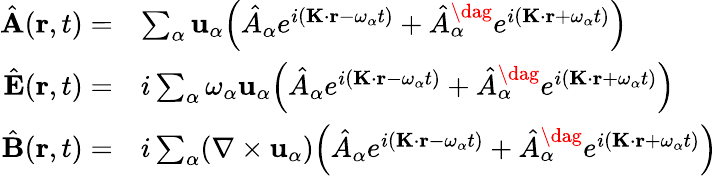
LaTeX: \begin{array}{rl}{\hat{\mathbf{A}}(\mathbf{r},t)=}&{\sum_{\alpha}\mathbf{u}_{\alpha}\Big(\hat{A}_{\alpha}e^{i(\mathbf{K}\cdot\mathbf{r}-\omega_{\alpha}t)}+\hat{A}_{\alpha}^{\dag}e^{i(\mathbf{K}\cdot\mathbf{r}+\omega_{\alpha}t)}\Big)}\\ {\hat{\mathbf{E}}(\mathbf{r},t)=}&{i\sum_{\alpha}\omega_{\alpha}\mathbf{u}_{\alpha}\Big(\hat{A}_{\alpha}e^{i(\mathbf{K}\cdot\mathbf{r}-\omega_{\alpha}t)}+\hat{A}_{\alpha}^{\dag}e^{i(\mathbf{K}\cdot\mathbf{r}+\omega_{\alpha}t)}\Big)}\\ {\hat{\mathbf{B}}(\mathbf{r},t)=}&{i\sum_{\alpha}(\nabla\times\mathbf{u}_{\alpha})\Big(\hat{A}_{\alpha}e^{i(\mathbf{K}\cdot\mathbf{r}-\omega_{\alpha}t)}+\hat{A}_{\alpha}^{\dag}e^{i(\mathbf{K}\cdot\mathbf{r}+\omega_{\alpha}t)}\Big)}\end{array}